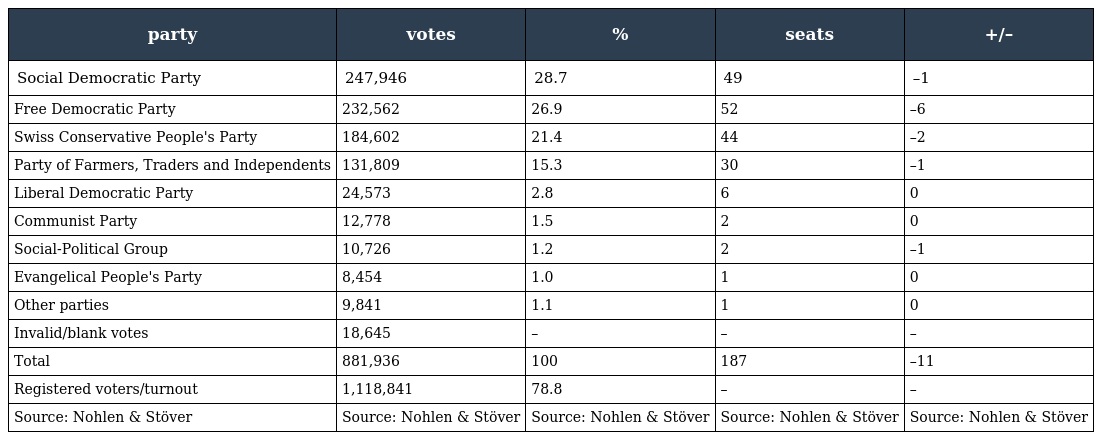
| party | votes | % | seats | +/– |
 | --- | --- | --- | --- | --- |
 | Social Democratic Party | 247,946 | 28.7 | 49 | –1 |
 | Free Democratic Party | 232,562 | 26.9 | 52 | –6 |
 | Swiss Conservative People's Party | 184,602 | 21.4 | 44 | –2 |
 | Party of Farmers, Traders and Independents | 131,809 | 15.3 | 30 | –1 |
 | Liberal Democratic Party | 24,573 | 2.8 | 6 | 0 |
 | Communist Party | 12,778 | 1.5 | 2 | 0 |
 | Social-Political Group | 10,726 | 1.2 | 2 | –1 |
 | Evangelical People's Party | 8,454 | 1.0 | 1 | 0 |
 | Other parties | 9,841 | 1.1 | 1 | 0 |
 | Invalid/blank votes | 18,645 | – | – | – |
 | Total | 881,936 | 100 | 187 | –11 |
 | Registered voters/turnout | 1,118,841 | 78.8 | – | – |
 | Source: Nohlen & Stöver | Source: Nohlen & Stöver | Source: Nohlen & Stöver | Source: Nohlen & Stöver | Source: Nohlen & Stöver |